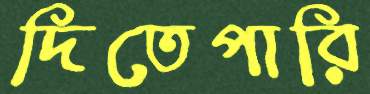
দিতেপারি